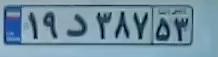
۱۹د۳۸۷۵۳